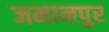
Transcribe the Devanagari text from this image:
जमानपुर